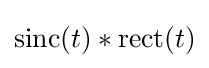
\mathrm {sinc} (t)*\mathrm {rect} (t)